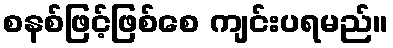
စနစ်ဖြင့်ဖြစ်စေ ကျင်းပရမည်။